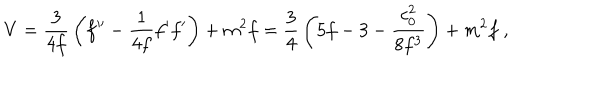
V = { \frac { 3 } { 4 f } } \left( f ^ { \prime \prime } - { \frac { 1 } { 4 f } } f ^ { \prime } f ^ { \prime } \right) + m ^ { 2 } f = { \frac { 3 } { 4 } } \left( 5 f - 3 - { \frac { c _ { 0 } ^ { 2 } } { 8 f ^ { 3 } } } \right) + m ^ { 2 } f \ ,